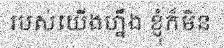
របស់យើងហ្នឹង ខ្ញុំក៏មិន